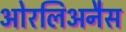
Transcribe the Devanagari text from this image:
ओरलिअनैस